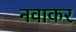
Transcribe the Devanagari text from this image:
नवाकर